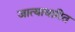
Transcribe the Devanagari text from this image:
जात्याधारित